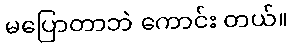
မပြောတာဘဲ ကောင်း တယ်။